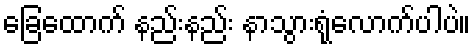
ခြေထောက် နည်းနည်း နာသွားရုံလောက်ပါပဲ။